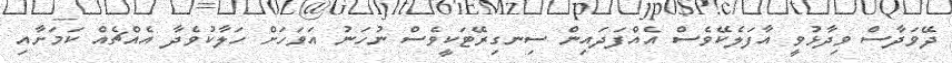
ދޭވަދާސް ވިދާޅުވީ އާފަލެކޭވެސް އެއްފަދައިން ސިނގިރޭޓަކީވެސް ނުހަނު އަވަހަށް ހަލާކުވެދާ އެއްޗެއް ކަމަށާއި